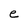
Character: e